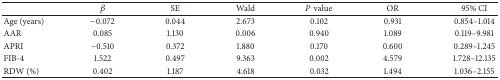
|  | β | SE | Wald | P value | OR | 95% CI |
 | --- | --- | --- | --- | --- | --- | --- |
 | Age (years) | −0.072 | 0.044 | 2.673 | 0.102 | 0.931 | 0.854–1.014 |
 | AAR | 0.085 | 1.130 | 0.006 | 0.940 | 1.089 | 0.119–9.981 |
 | APRI | −0.510 | 0.372 | 1.880 | 0.170 | 0.600 | 0.289–1.245 |
 | FIB-4 | 1.522 | 0.497 | 9.363 | 0.002 | 4.579 | 1.728–12.135 |
 | RDW (%) | 0.402 | 1.187 | 4.618 | 0.032 | 1.494 | 1.036–2.155 |